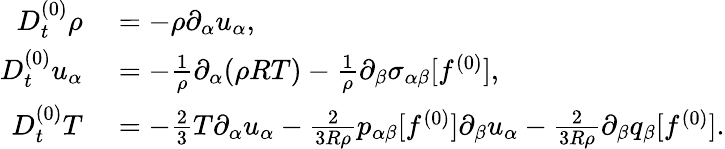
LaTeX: \begin{array}{rl}{D_{t}^{(0)}\rho}&{{}=-\rho\partial_{\alpha}u_{\alpha},}\\ {D_{t}^{(0)}u_{\alpha}}&{{}=-\frac{1}{\rho}\partial_{\alpha}(\rho RT)-\frac{1}{\rho}\partial_{\beta}\sigma_{\alpha\beta}[f^{(0)}],}\\ {D_{t}^{(0)}T}&{{}=-\frac{2}{3}T\partial_{\alpha}u_{\alpha}-\frac{2}{3R\rho}p_{\alpha\beta}[f^{(0)}]\partial_{\beta}u_{\alpha}-\frac{2}{3R\rho}\partial_{\beta}q_{\beta}[f^{(0)}].}\end{array}